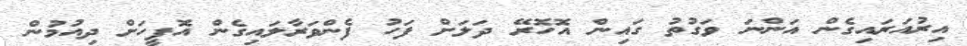
އިރުއަރައިގެން އަންނަ ވަގުތު ގައިން އޮހޮރޭ ދަލަށް ފަހު ފެންވަރާލައިގެން އޮފީހަށް ދިއުމުން